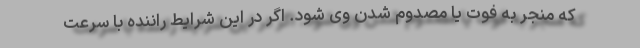
که منجر به فوت یا مصدوم شدن وی شود. اگر در این شرایط راننده با سرعت